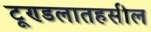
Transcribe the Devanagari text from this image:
टूण्डलातहसील